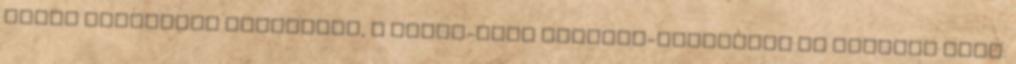
János írásainak gondozása, a Rimay-féle Balassi-epicédium és Újfalvi Imre: